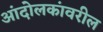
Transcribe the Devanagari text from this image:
आंदोलकांवरील